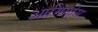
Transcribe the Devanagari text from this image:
आमिगोस